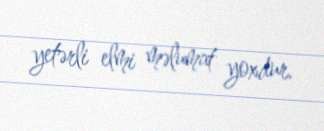
yetərli elmi məlumat yoxdur.